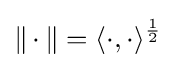
\lVert \,\cdot \,\rVert =\langle \cdot ,\cdot \rangle ^{\frac {1}{2}}